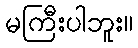
မကြီးပါဘူး။